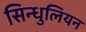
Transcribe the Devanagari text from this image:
सिन्धुलियन